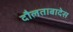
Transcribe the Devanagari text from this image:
दौलताबादेस